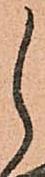
し